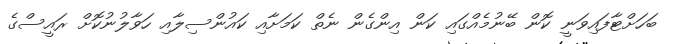
ބަހަށްޓާފައިވަނީ ކޮން ބޭނުމެއްގައި ކަން އިންގެން ނެތް ކަމަށާއި ކައުންސިލާއި ހަވާލުނުކޮށް ރައީސްގެ